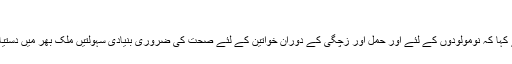
"
کرن ہلشوف نے کہا کہ نومولودوں کے لئے اور حمل اور زچگی کے دوران خواتین کے لئے صحت کی ضروری بنیادی سہولتیں ملک بھر میں دستیاب ہونی چاہئیں۔